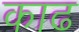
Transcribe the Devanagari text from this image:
काढ